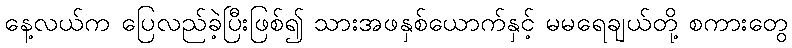
နေ့လယ်က ပြေလည်ခဲ့ပြီးဖြစ်၍ သားအဖနှစ်ယောက်နှင့် မမရေချယ်တို့ စကားတွေ